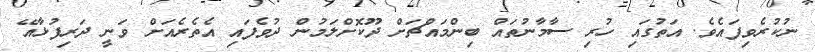
ނުކުރެވިފައެވެ. އަތުގައި ހުރި ސާމާނުތައް ބިންމައްޗަށް ދޫކޮށްލަމުން ދުވެފައި އެތެރެއަށް ވަނީ ދަރިފުޅާއޭ